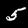
Label: 5